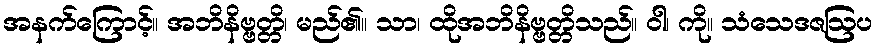
အနက်ကြောင့်။ အဘိနိဗ္ဗတ္တိ၊ မည်၏။ သာ၊ ထိုအဘိနိဗ္ဗတ္တိသည်။ ဝါ၊ ကို။ သံသေဒဇဩပ